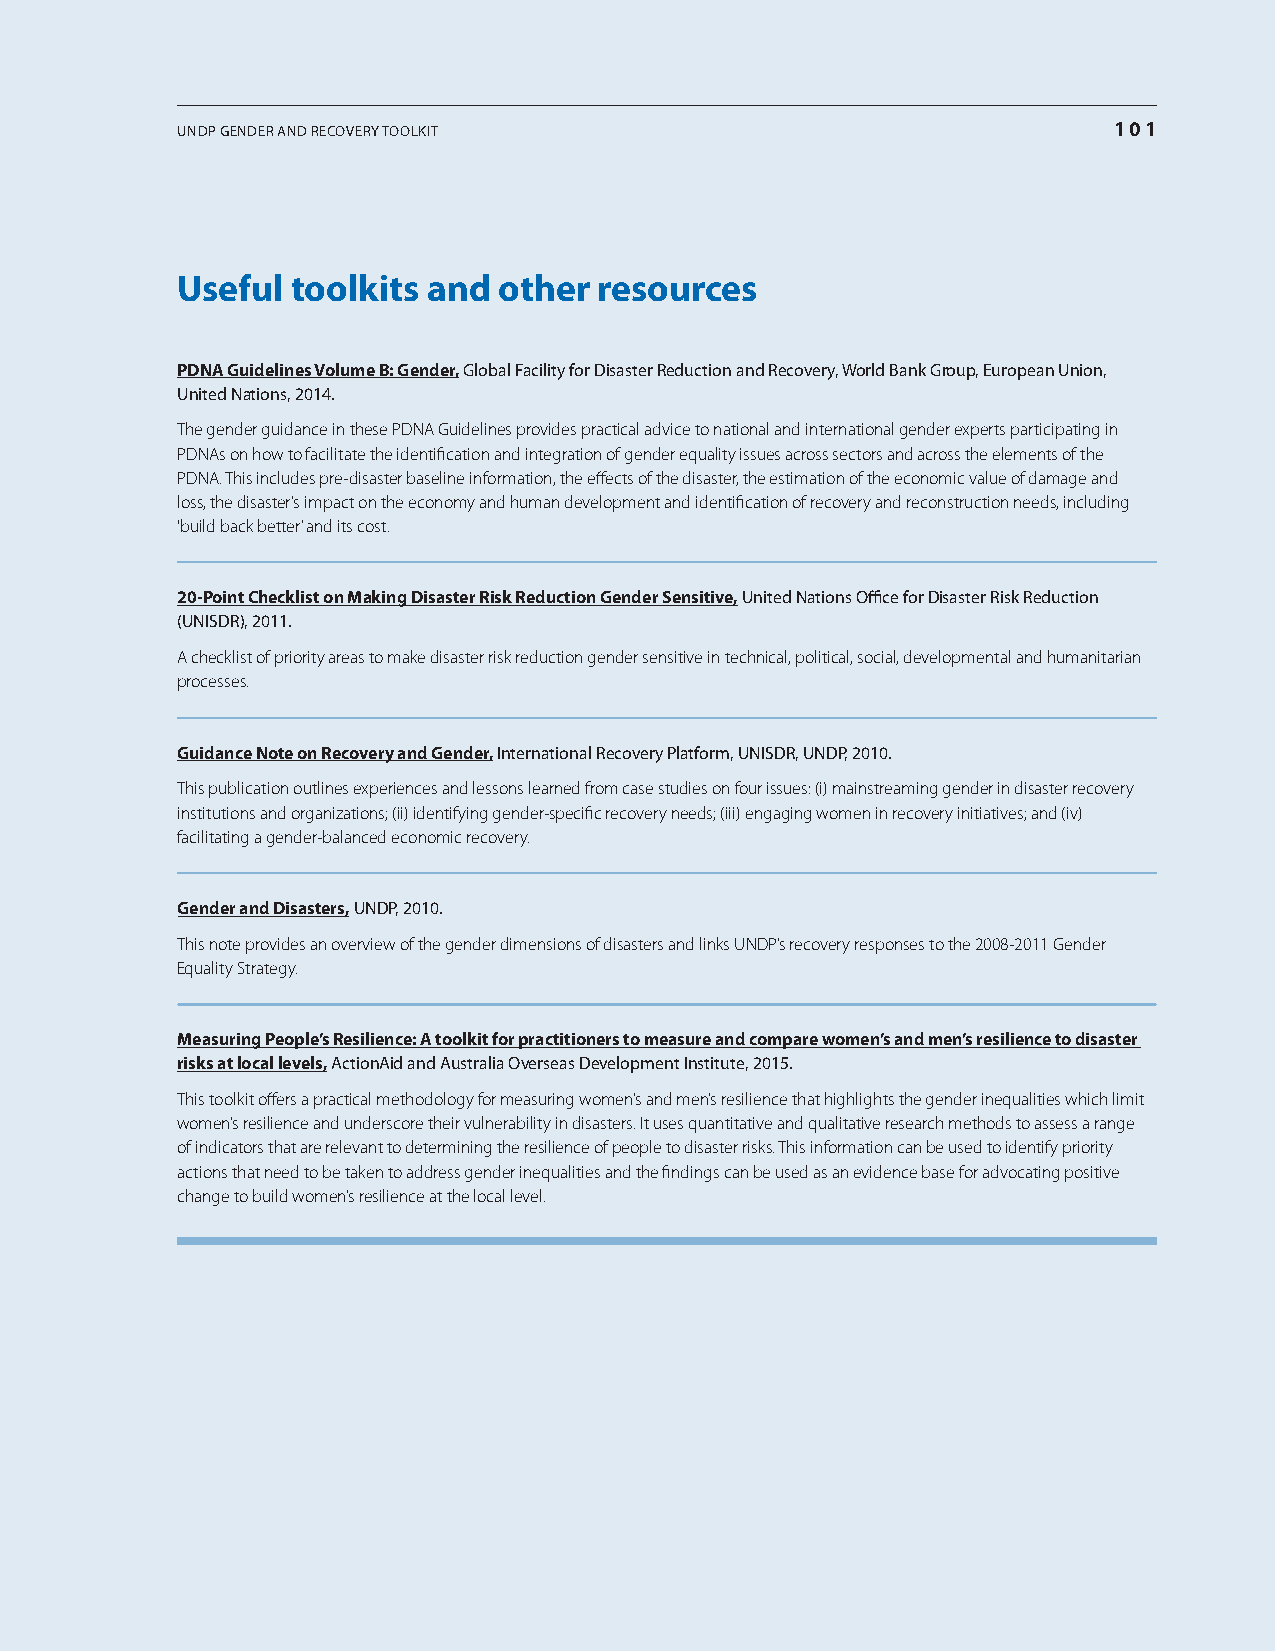
undP gEndEr and rEcovEry toolkit                              101
 Useful toolkits and  other  resources
 pDna Guidelines Volume b: Gender, global facility for disaster reduction and recovery, World Bank group, European union,
 united nations, 2014.
 The gender guidance in these PDNA Guidelines provides practical advice to national and international gender experts participating in
 PDNAs on how to facilitate the identification and integration of gender equality issues across sectors and across the elements of the
 PDNA. This includes pre-disaster baseline information, the effects of the disaster, the estimation of the economic value of damage and
 loss, the disaster’s impact on the economy and human development and identification of recovery and reconstruction needs, including
 ‘build back better’ and its cost.
 20-point checklist on making Disaster risk reduction Gender Sensitive, united nations office for disaster risk reduction
 (unisdr), 2011.
 A checklist of priority areas to make disaster risk reduction gender sensitive in technical, political, social, developmental and humanitarian
 processes.
 Guidance note on recovery and Gender, international recovery Platform, unisdr, undP, 2010.
 This publication outlines experiences and lessons learned from case studies on four issues: (i) mainstreaming gender in disaster recovery
 institutions and organizations; (ii) identifying gender-specific recovery needs; (iii) engaging women in recovery initiatives; and (iv)
 facilitating a gender-balanced economic recovery.
 Gender and Disasters, undP, 2010.
 This note provides an overview of the gender dimensions of disasters and links UNDP’s recovery responses to the 2008-2011 Gender
 Equality Strategy.
 measuring people’s resilience: a toolkit for practitioners to measure and compare women’s and men’s resilience to disaster
 risks at local levels, actionaid and australia overseas development institute, 2015.
 This toolkit offers a practical methodology for measuring women’s and men’s resilience that highlights the gender inequalities which limit
 women’s resilience and underscore their vulnerability in disasters. It uses quantitative and qualitative research methods to assess a range
 of indicators that are relevant to determining the resilience of people to disaster risks. This information can be used to identify priority
 actions that need to be taken to address gender inequalities and the findings can be used as an evidence base for advocating positive
 change to build women’s resilience at the local level.